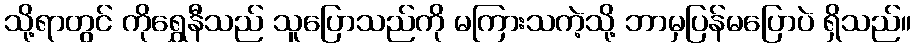
သို့ရာတွင် ကိုရွှေနီသည် သူပြောသည်ကို မကြားသကဲ့သို့ ဘာမှပြန်မပြောပဲ ရှိသည်။